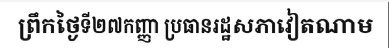
ព្រឹកថ្ងៃទី២៧កញ្ញា ប្រធានរដ្ឋសភាវៀតណាម